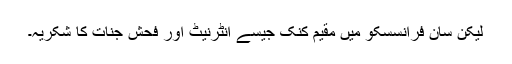
لیکن سان فرانسسکو میں مقیم کنک جیسے انٹرنیٹ اور فحش جنات کا شکریہ۔